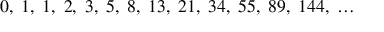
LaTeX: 0 , \; 1 , \; 1 , \; 2 , \; 3 , \; 5 , \; 8 , \; 1 3 , \; 2 1 , \; 3 4 , \; 5 5 , \; 8 9 , \; 1 4 4 , \; \ldots